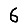
Digit: 6